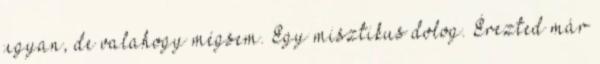
ugyan, de valahogy mégsem. Egy misztikus dolog. Érezted már